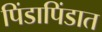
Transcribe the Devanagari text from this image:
पिंडापिंडात